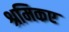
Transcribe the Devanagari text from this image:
श्रमिकए